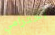
أحترامي